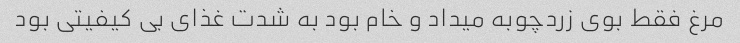
مرغ فقط بوی زردچوبه میداد و خام بود به شدت غذای بی کیفیتی بود